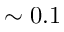
\sim 0 . 1